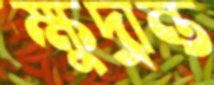
ক্ষুদ্রান্ত